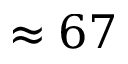
\approx 6 7